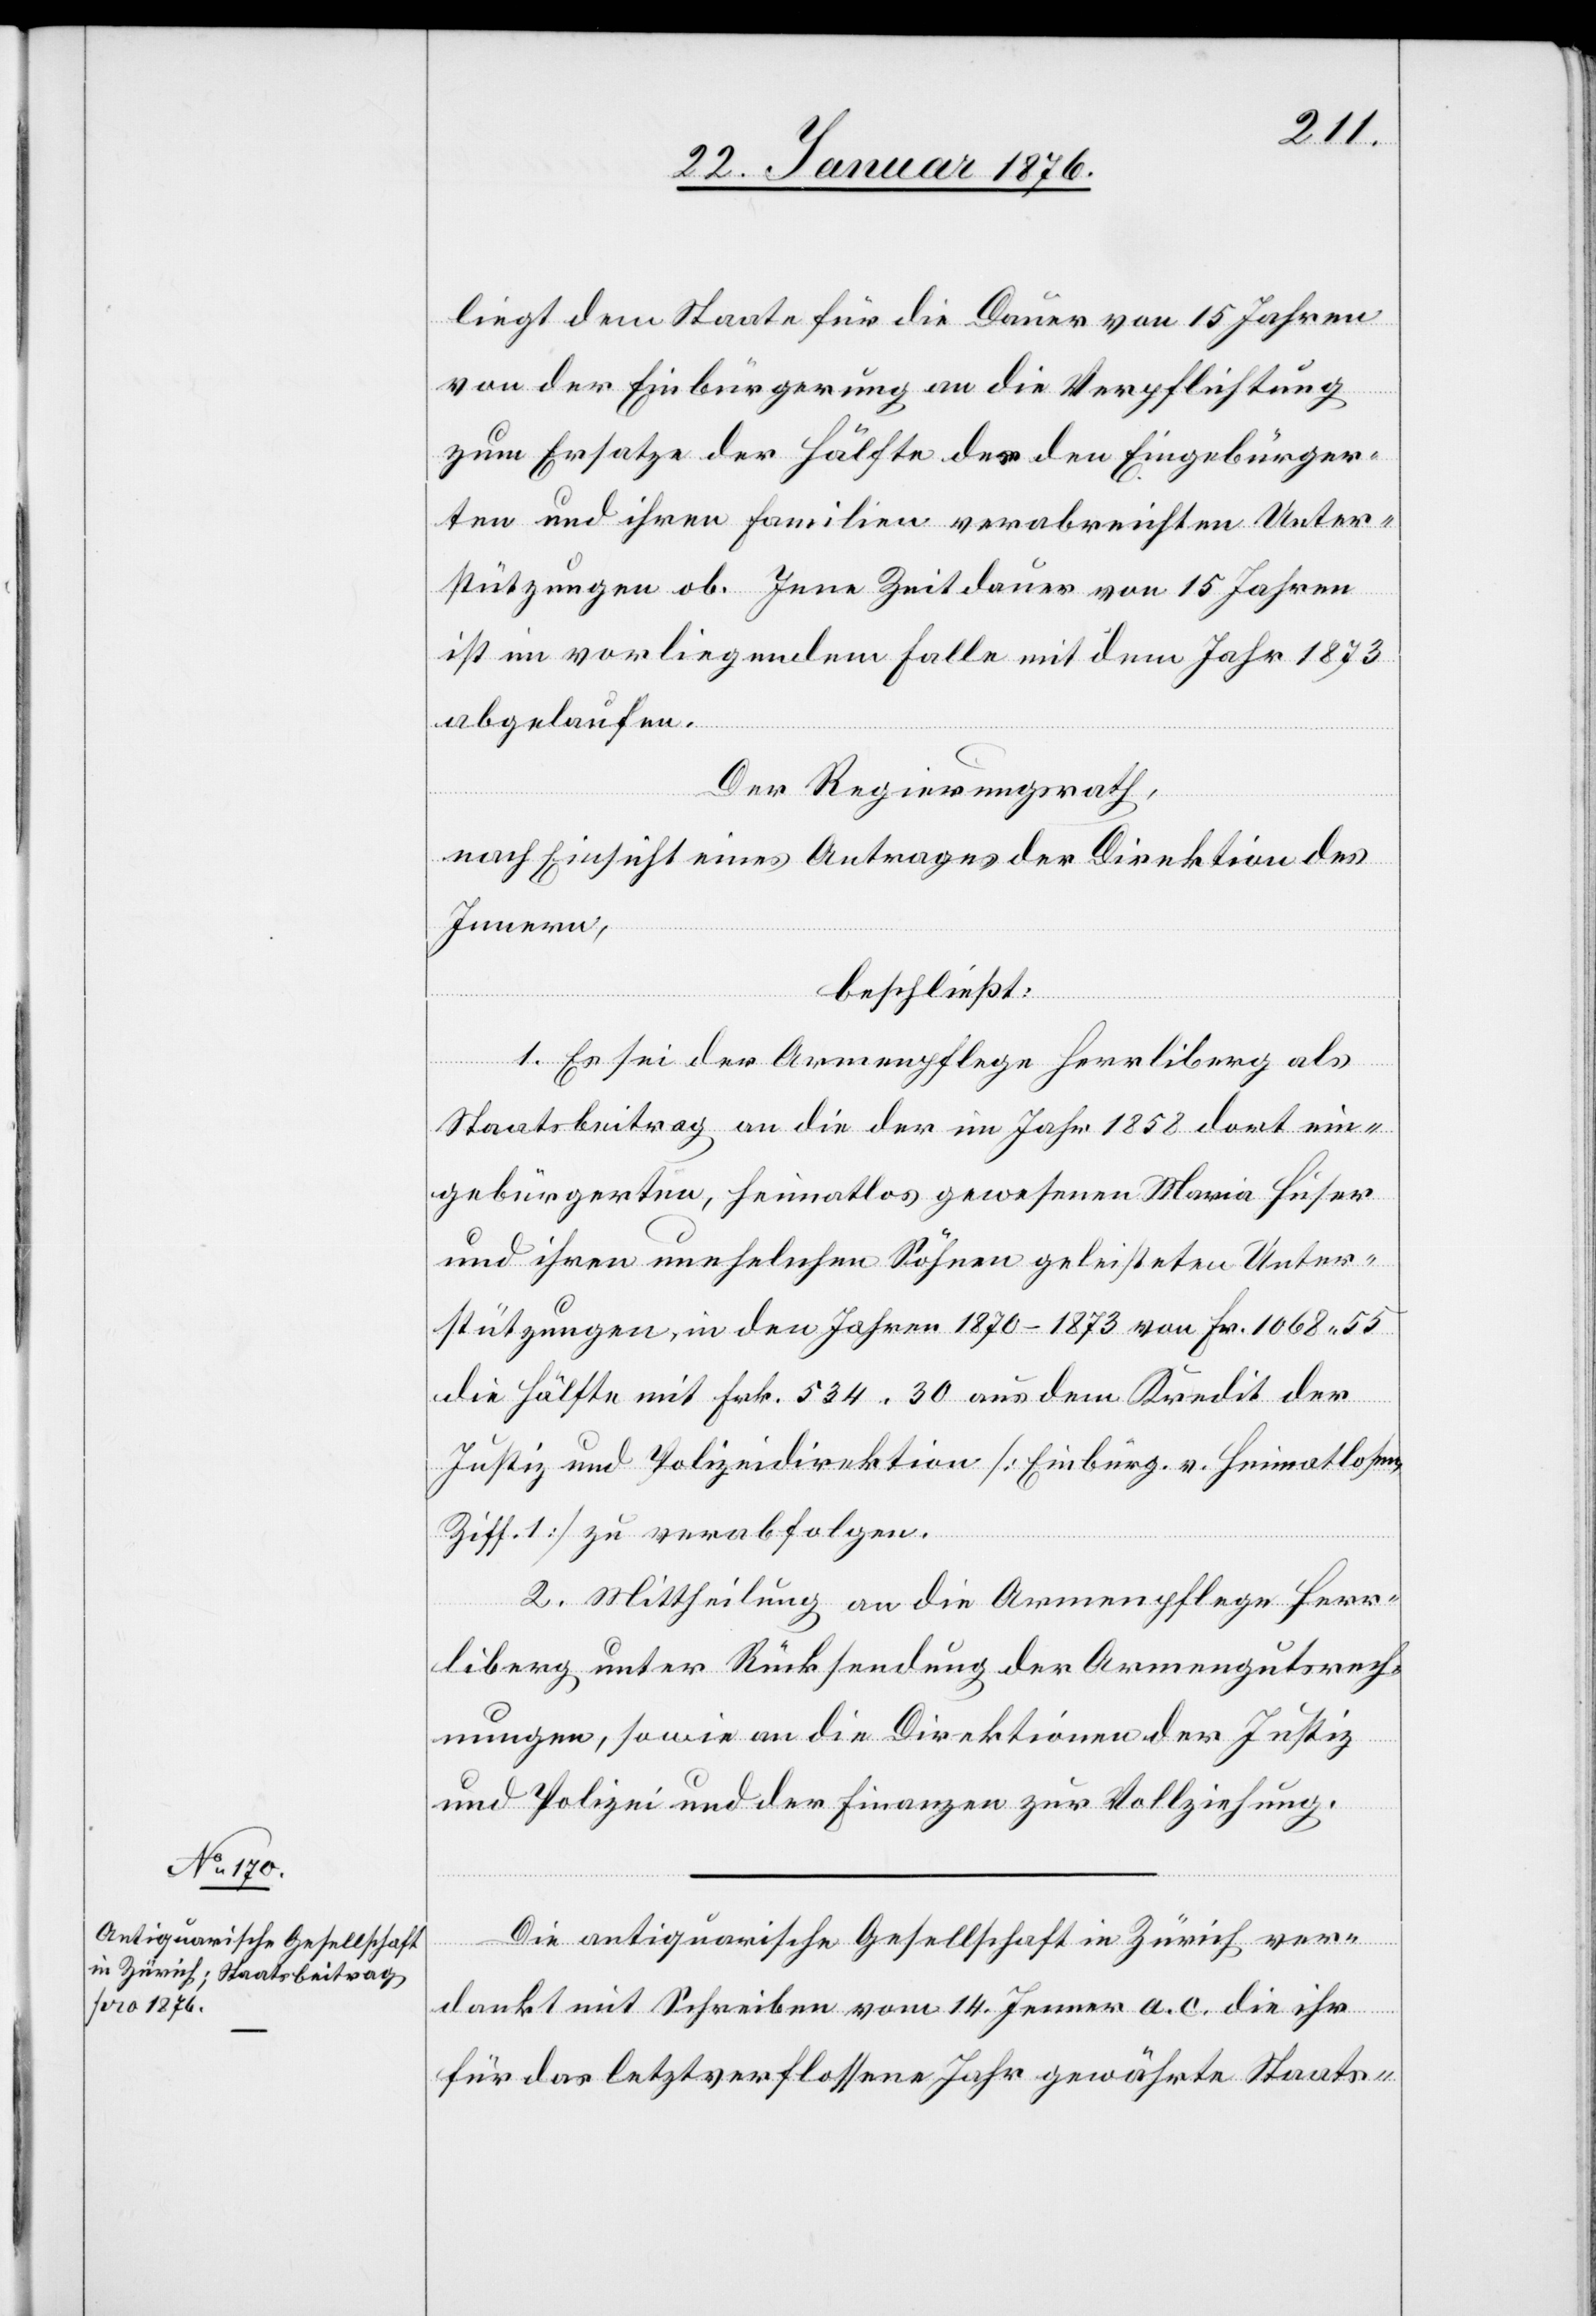
liegt dem Staate für die Dauer von 15 Jahren
von der Einbürgerung an die Verpflichtung
zum Ersatze der Hälfte der den Eingebürger¬
ten und ihren Familien verabreichten Unter¬
stützungen ob. Jene Zeitdauer von 15 Jahren
ist im vorliegenden Falle mit dem Jahr 1873
abgelaufen.
Der Regierungsrath,
nach Einsicht eines Antrages der Direktion des
Innern,
beschließt:
1. Es sei der Armenpflege Herrliberg als
Staatbeitrag an die der im Jahr 1858 dort ein¬
gebürgerten, heimatlos gewesenen Maria Huser
und ihren unehelichen Söhnen geleisteten Unter¬
stützungen, in den Jahren 1870–1873 von Fr. 1068.55
die Hälfte mit Frk. 534.30 aus dem Kredit der
Justiz und Polizeidirektion [Einbürg. e. Heimatlosen,
Ziff. 1] zu verabfolgen.
2. Mittheilung an die Armenpflege Herr¬
liberg unter Rücksendung der Armengutsrech¬
nungen, sowie an die Direktion der Justiz
und Polizei und der Finanzen zur Vollziehung.
Die antiquarische Gesellschaft in Zürich ver¬
dankt mit Schreiben vom 14. Jenner a. c. die ihr
für das letztverflossene Jahr gewährte Staats-